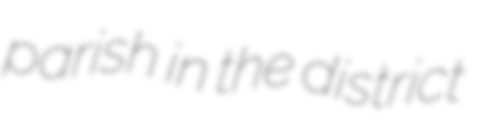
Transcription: parish in the district